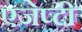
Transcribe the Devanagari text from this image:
एजेप्टी